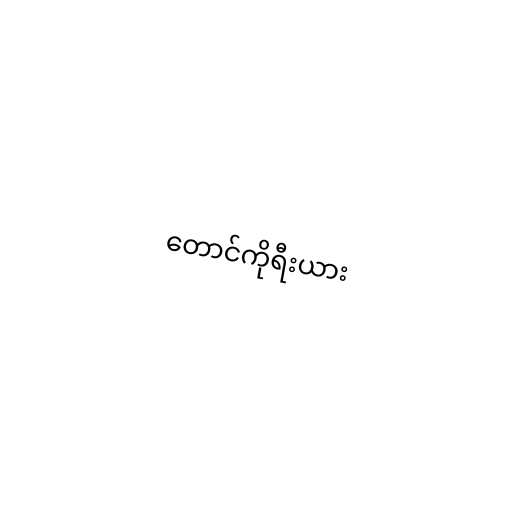
တောင်ကိုရီးယား